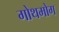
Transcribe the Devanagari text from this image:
गोथमोग